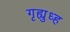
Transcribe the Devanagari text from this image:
गृह्युध्ह